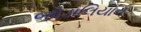
જોડાલિયાન